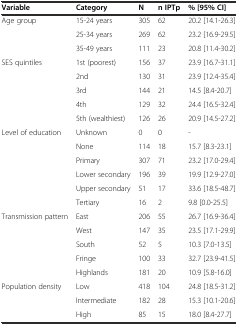
| Variable | Category | N | n IPTp | % [95% CI] |
 | --- | --- | --- | --- | --- |
 | <ROWSPAN=3> Age group | 15-24 years | 305 | 62 | 20.2 [14.1-26.3] |
 | 25-34 years | 269 | 62 | 23.2 [16.9-29.5] |
 | 35-49 years | 111 | 23 | 20.8 [11.4-30.2] |
 | <ROWSPAN=5> SES quintiles | 1st (poorest) | 156 | 37 | 23.9 [16.7-31.1] |
 | 2nd | 130 | 31 | 23.9 [12.4-35.4] |
 | 3rd | 144 | 21 | 14.5 [8.4-20.7] |
 | 4th | 129 | 32 | 24.4 [16.5-32.4] |
 | 5th (wealthiest) | 126 | 26 | 20.9 [14.5-27.2] |
 | <ROWSPAN=6> Level of education | Unknown | 0 | 0 | - |
 | None | 114 | 18 | 15.7 [8.3-23.1] |
 | Primary | 307 | 71 | 23.2 [17.0-29.4] |
 | Lower secondary | 196 | 39 | 19.9 [12.9-27.0] |
 | Upper secondary | 51 | 17 | 33.6 [18.5-48.7] |
 | Tertiary | 16 | 2 | 9.8 [0.0-25.5] |
 | <ROWSPAN=5> Transmission pattern | East | 206 | 55 | 26.7 [16.9-36.4] |
 | West | 147 | 35 | 23.5 [17.1-29.9] |
 | South | 52 | 5 | 10.3 [7.0-13.5] |
 | Fringe | 100 | 33 | 32.7 [23.9-41.5] |
 | Highlands | 181 | 20 | 10.9 [5.8-16.0] |
 | <ROWSPAN=3> Population density | Low | 418 | 104 | 24.8 [18.5-31.2] |
 | Intermediate | 182 | 28 | 15.3 [10.1-20.6] |
 | High | 85 | 15 | 18.0 [8.4-27.7] |